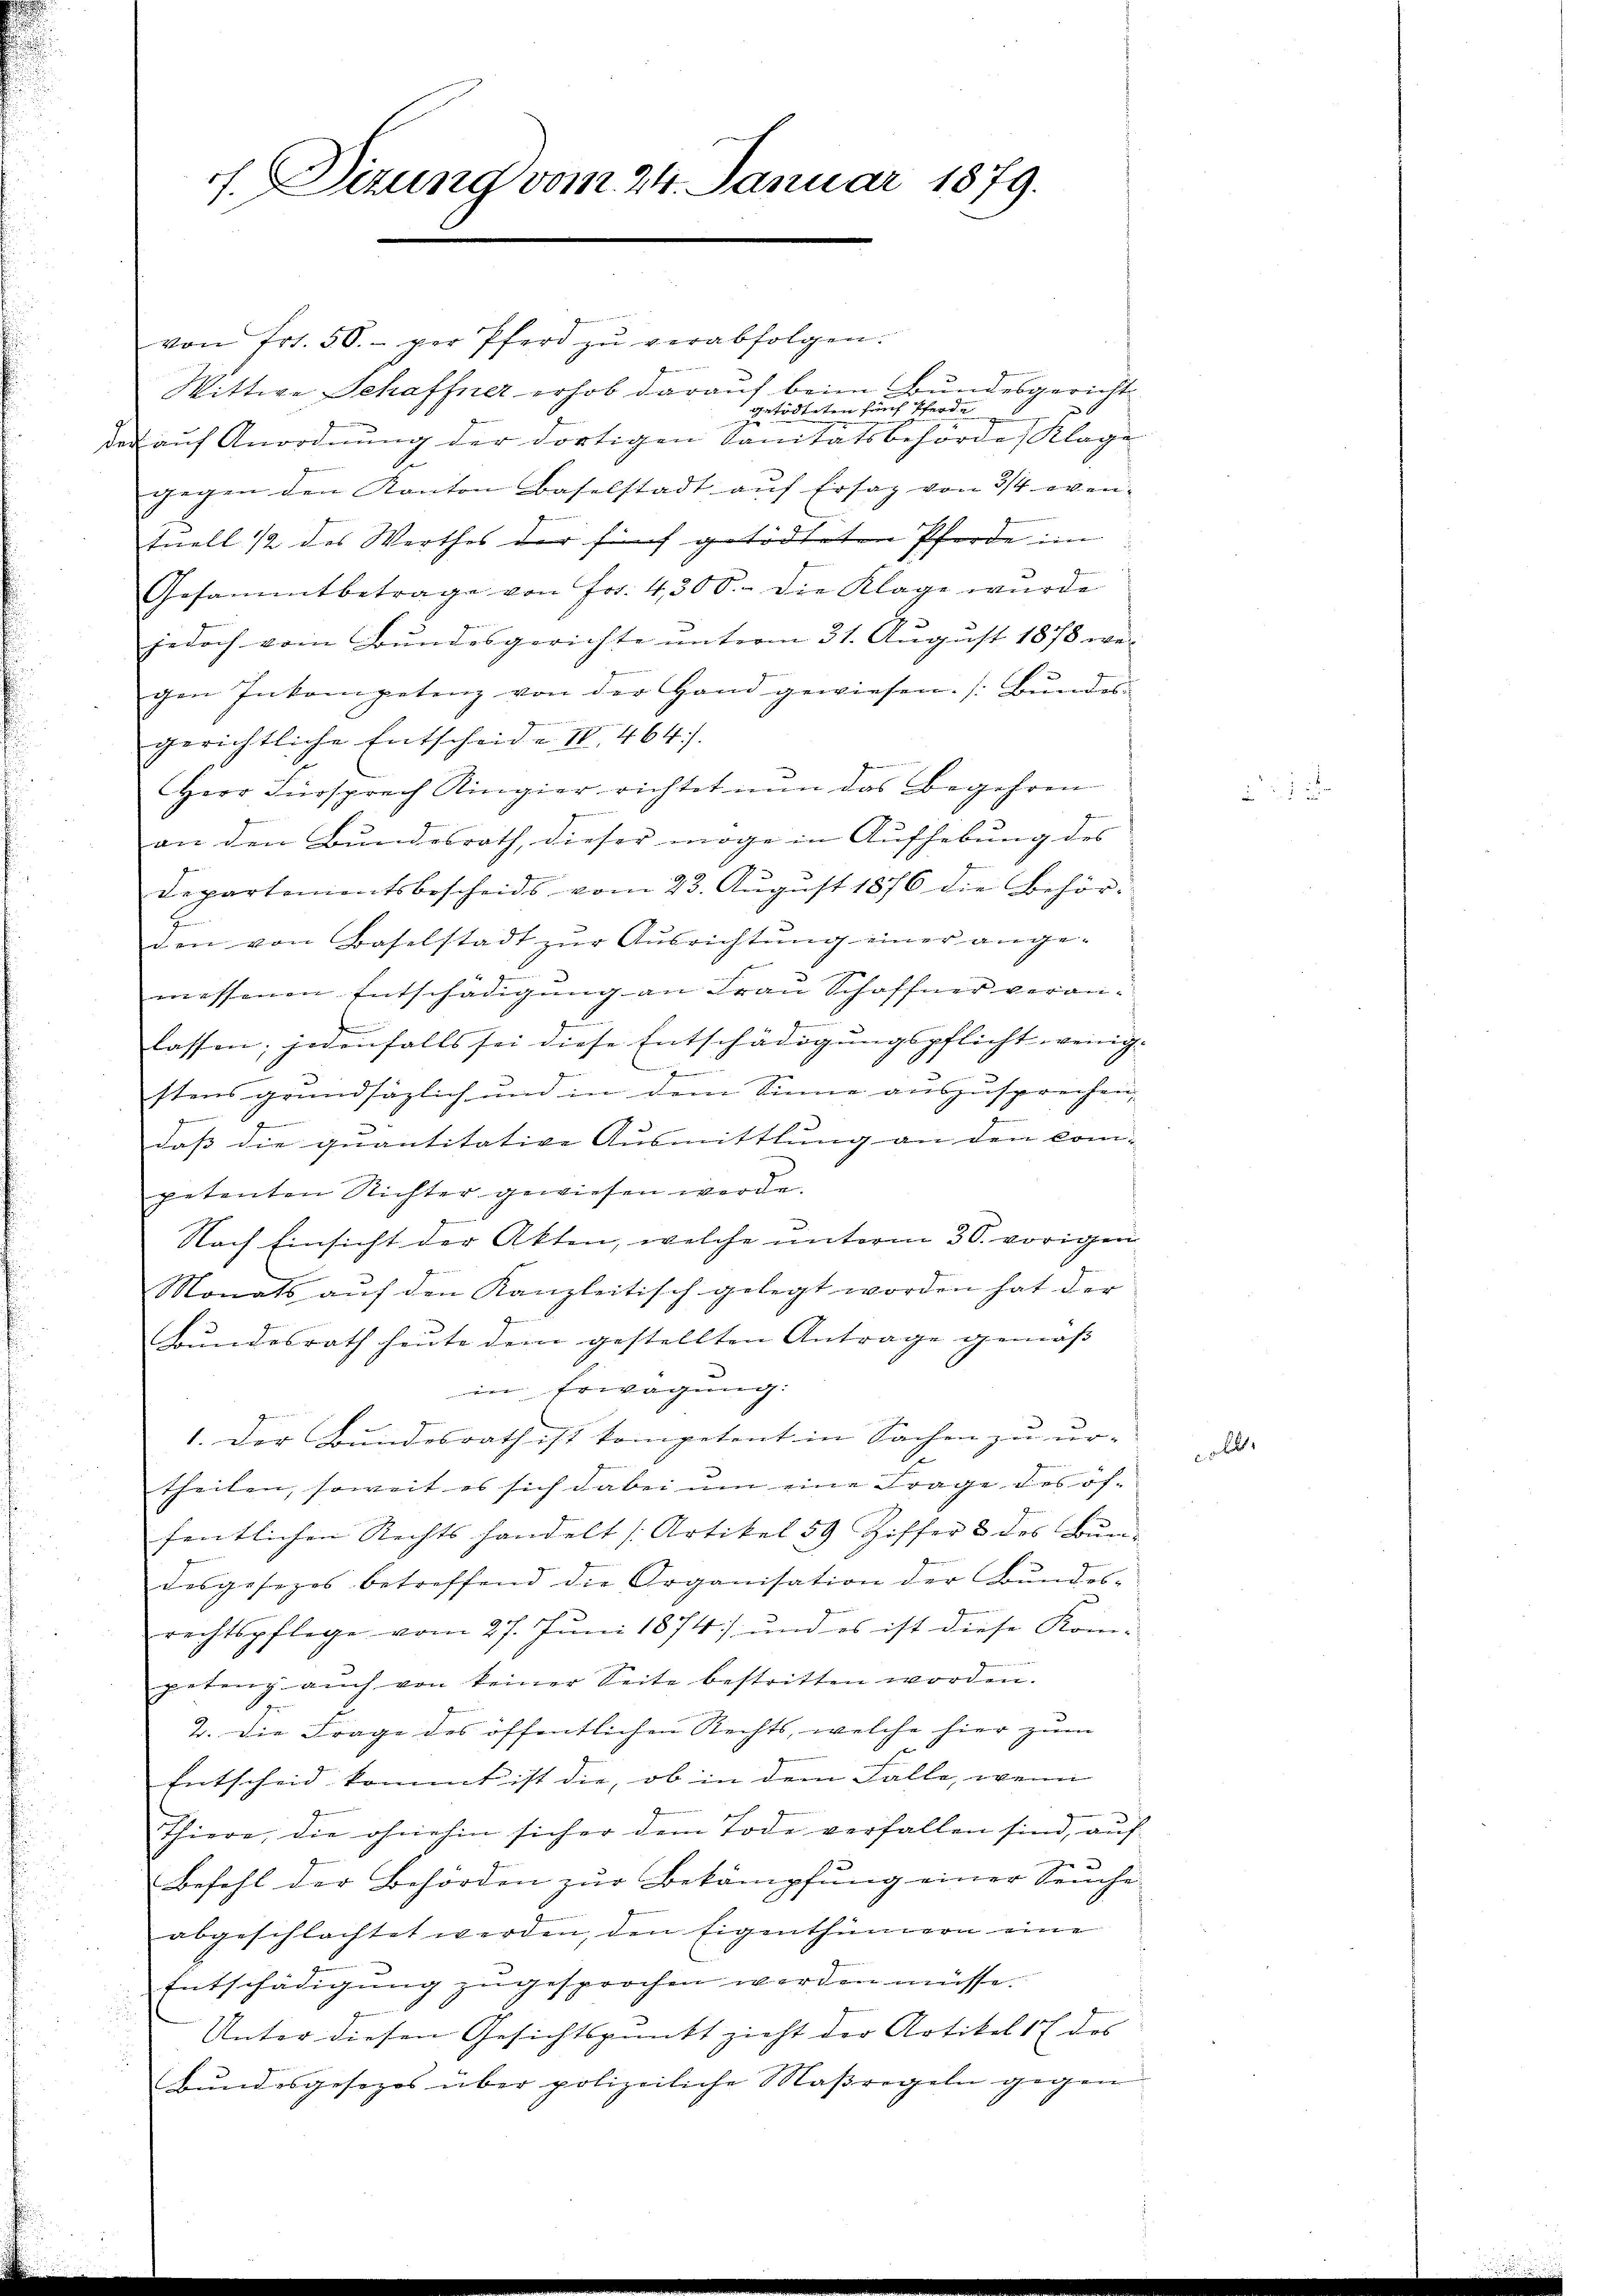
h. Dizung vom 24. Januar 1879.

von Fr. 50.- per Pferd zŭ verabfolgen.
Wittwe Schaffner erhob darauf beim Bundesgericht
getödteten fünf Pferde
zu
der auf Anordnung der dortigen Sanitätsbehörde Klage
gegen den Kanton Baselstadt auf Ersaz von 3/4 even- |
tuell 12 des Werthes der fünf getödteten Pferde im
Gesammtbetrage von Fr. 4300. die Klage wurde
jedoch vom Bundesgerichte unterm 31. August 1878 we-
gen Inkompetenz von der Hand gewiesen. (Bundes-
gerichtliche Entscheide IV 464).
Herr Fürsprech Ringier richtet nun das Begehren
an den Bundesrath, dieser möge in Aufhebung des
Departementsbescheids vom 23. Aŭgŭst 1876 die Behör-
.
den von Baselstadt zŭr Aŭsrichtŭng einer ange-
messenen Entschädigung an Frau Schöffner veranlassen; jedenfalls sei diese Entschädigungspflicht wenig- |
n
.
stens grundsäzlich und in dem Sinne auszusprechen,
ge
daß die quantitative Ausmittlung an den com-
petenten Richter gewiesen werde.
r
Nach Einsicht der Akten, welche unterm 30. vorigen
Monats auf den Kanzleitisch gelegt worden hat der
Bundesrath heute dem gestellten Antrage gemäss |
in Erwägung:
1. Der Bundesrath ist kompetent in Sachen zu ur-
theilen, soweit es sich dabei um eine Frage des öf-
fentlichen Rechts handelt [Artikel 59 Ziffer 3 des Bundesgesezes betreffend die Organisation der Bundes-
rechtspflege vom 27. Juni 1874) und es ist diese Kom-
petenz aŭch von keiner Seite bestritten worden.
2. Die Frage des öffentlichen Rechts, welche hier zum
Entscheid kommt ist die, ob in dem Falle, wenn
Thiere, die ohnehin sicher dem Tode verfallen sind, auf
Befehl der Behörden zur Bekämpfung einer Seuche
abgeschlachtet werden, den Eigenthümern eine
Entschädigŭng zugesprochen werden müsse.
Unter diesen Gesichtspunkt zieht der Artikel 17 des
Bundesgesezes über polizeiliche Maßregeln gegen

l